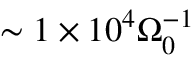
\sim 1 \times 1 0 ^ { 4 } \Omega _ { 0 } ^ { - 1 }